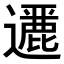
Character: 𨘶